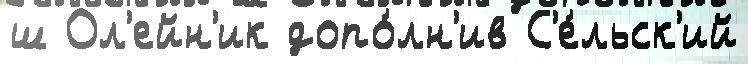
ш Ол'ейн'ик допо́лн'ив С'е́льск'ий